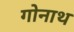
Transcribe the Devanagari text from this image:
गोनाथ